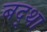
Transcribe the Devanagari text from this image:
बद्था